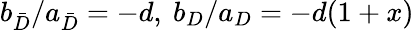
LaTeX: b_{\bar{D}}/a_{\bar{D}}=-d,\mathrm{~}b_{D}/a_{D}=-d(1+x)